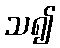
သ၍